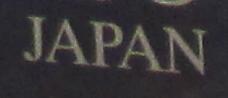
japan